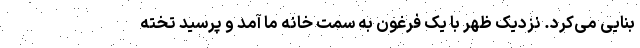
بنایی می‌کرد. نزدیک ظهر با یک فرغون به سمت خانه ما آمد و پرسید تخته